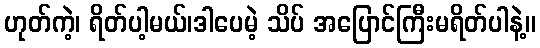
ဟုတ်ကဲ့၊ ရိတ်ပါ့မယ်၊ဒါပေမဲ့ သိပ် အပြောင်ကြီးမရိတ်ပါနဲ့။